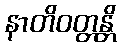
နာတိဝတ္တန္တိ